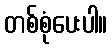
တစ်စုံပေးပါ။